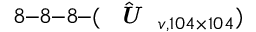
8 – 8 – 8 – ( \hat { \textit { \textbf { U } } } _ { v , 1 0 4 \times 1 0 4 } )